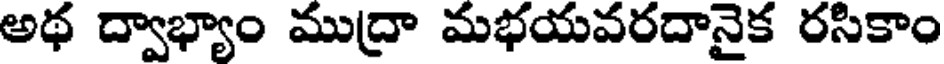
అథ ద్వాభ్యాం ముద్రా మభయవరదానైక రసికాం